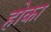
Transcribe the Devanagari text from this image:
होका